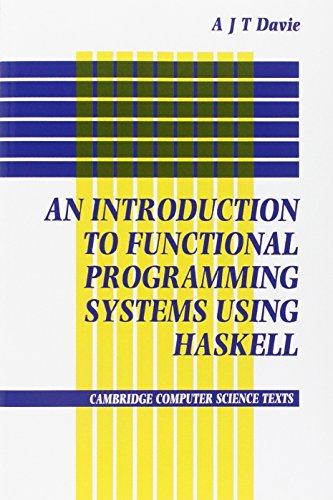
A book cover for Introduction to Functional Programming Systems Using Haskell (Cambridge Computer Science Texts); Antony J. T. Davie; Computers & Technology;